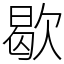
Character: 歇